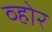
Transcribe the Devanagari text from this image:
व्होर